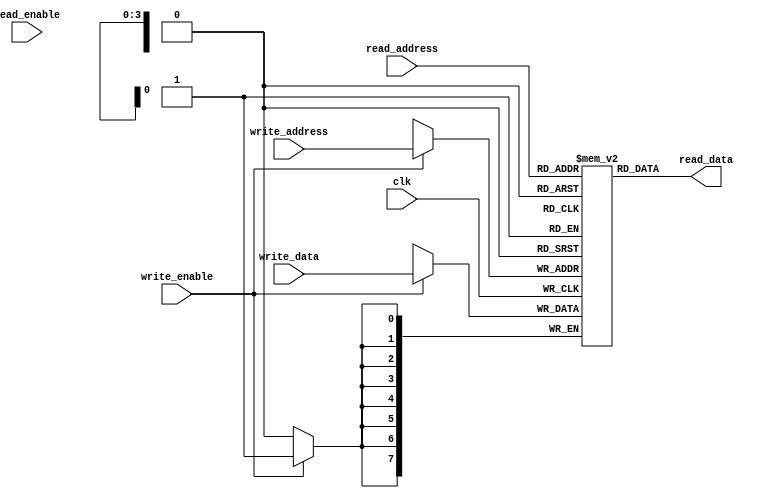
module simple_dual_one_clock #(
    parameter DATA_WIDTH = 8,
    parameter ADDR_WIDTH = 4
) (
    clk,
    read_enable,
    write_enable,
    read_address,
    write_address,
    read_data,
    write_data
);

  input clk;
  input read_enable;
  input [(ADDR_WIDTH-1):0] read_address;
  output [(DATA_WIDTH-1):0] read_data;
  input write_enable;
  input [(ADDR_WIDTH-1):0] write_address;
  input [(DATA_WIDTH-1):0] write_data;

  reg [(DATA_WIDTH-1):0] ram[2**ADDR_WIDTH];

  always @(posedge clk) begin
    if (write_enable) ram[write_address] <= write_data;
  end

  assign read_data = ram[read_address];

endmodule